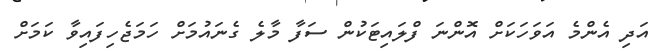
އަދި އެންމެ އަވަހަކަށް އޮންނަ ފްލައިޓަކުން ސަފާ މާލެ ގެނައުމަށް ހަމަޖެހިފައިވާ ކަމަށް